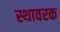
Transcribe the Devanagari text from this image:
स्थावरक